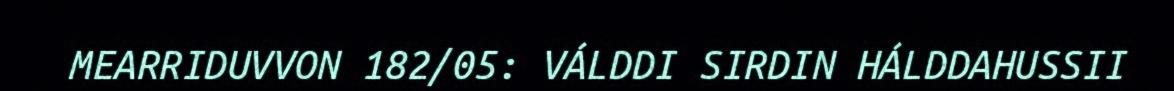
MEARRIDUVVON 182/05: VÁLDDI SIRDIN HÁLDDAHUSSII